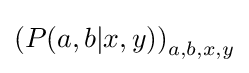
\left(P(a,b|x,y)\right)_{a,b,x,y}